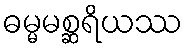
ဓမ္မမစ္ဆရိယဿ